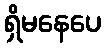
ရှိမနေပေ